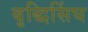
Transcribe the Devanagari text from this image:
बृद्धिसिंघ